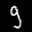
Label: 9